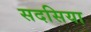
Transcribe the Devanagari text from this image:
सदसिया